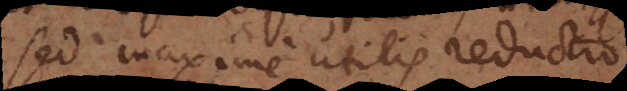
sed maxime utilis reductio